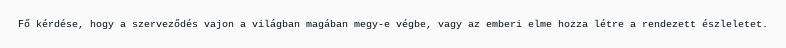
Fő kérdése, hogy a szerveződés vajon a világban magában megy-e végbe, vagy az emberi elme hozza létre a rendezett észleletet.